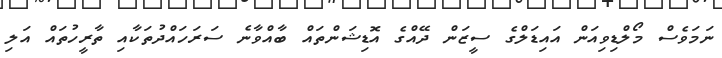
ނަމަވެސް މޯލްޑިވިއަން އައިޑަލްގެ ސީޒަން ދޭއްގެ އޮޑިޝަންތައް ބާއްވާނެ ސަރަހައްދުތަކާއި ތާރީހުތައް އަލި